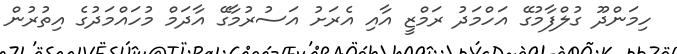
ހިމަންދޫ ގުލްފާމުގޭ އަހްމަދު ރަމްޒީ އާއި އެރަށު އަސުރުމާގޭ އާދަމް މުހައްމަދުގެ އިތުރުން